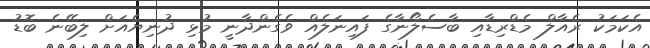
އެކަމަކު ރެއާލް މެޑްރިޑާއި ބާސެލޯނާގެ ފައިނަލެއް ވެގެންދާނީ މުޅި ދުނިޔެއަށް ލިބޭނެ ބޮޑު